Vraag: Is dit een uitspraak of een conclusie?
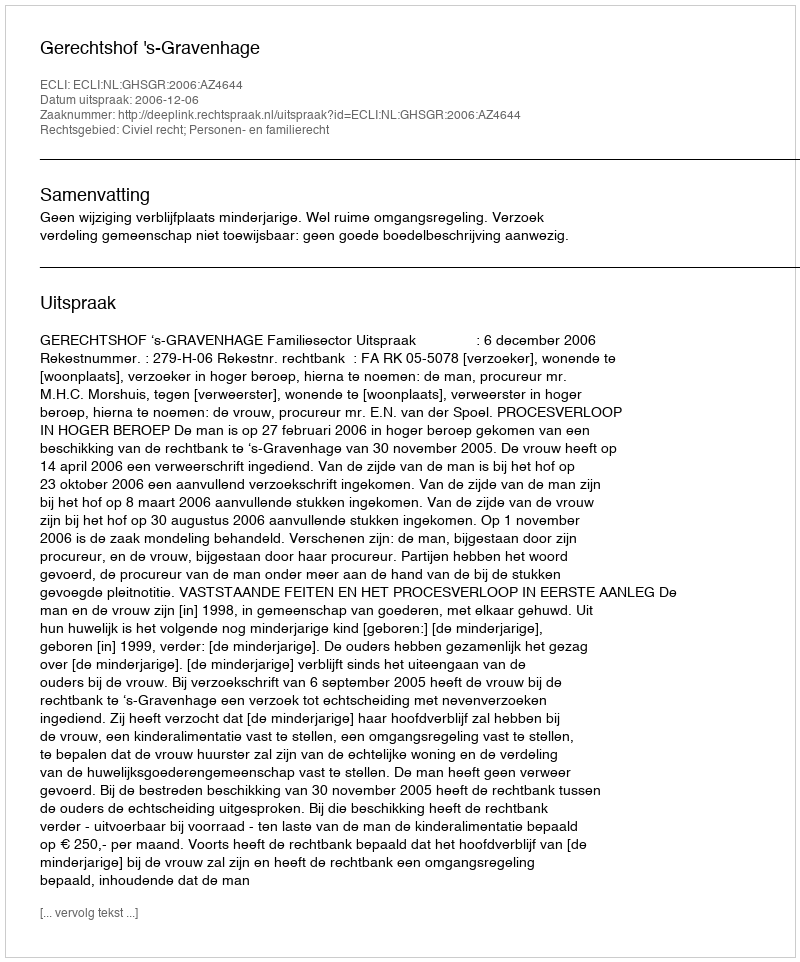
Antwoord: Uitspraak